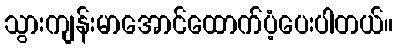
သွားကျန်းမာအောင်ထောက်ပံ့ပေးပါတယ်။